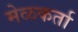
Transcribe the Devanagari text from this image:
मेळकर्ता